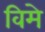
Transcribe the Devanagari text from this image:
विमे